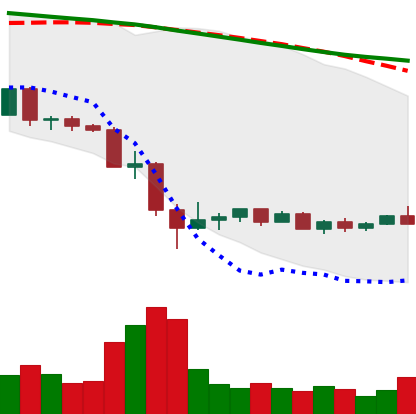
Ticker: EOS-USD
Chart end date: 2022-05-23
Forward return: -3.716%
Label: down_3_5